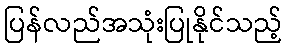
ပြန်လည်အသုံးပြုနိုင်သည့်